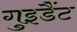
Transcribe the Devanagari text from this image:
गुइडैंट